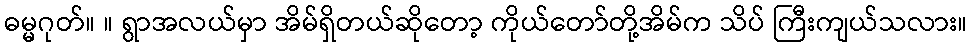
ဓမ္မဂုတ်။ ။ ရွာအလယ်မှာ အိမ်ရှိတယ်ဆိုတော့ ကိုယ်တော်တို့အိမ်က သိပ် ကြီးကျယ်သလား။